Annual administration report of the Civil Veterinary Department of India - 1896-1897
Year: 1896
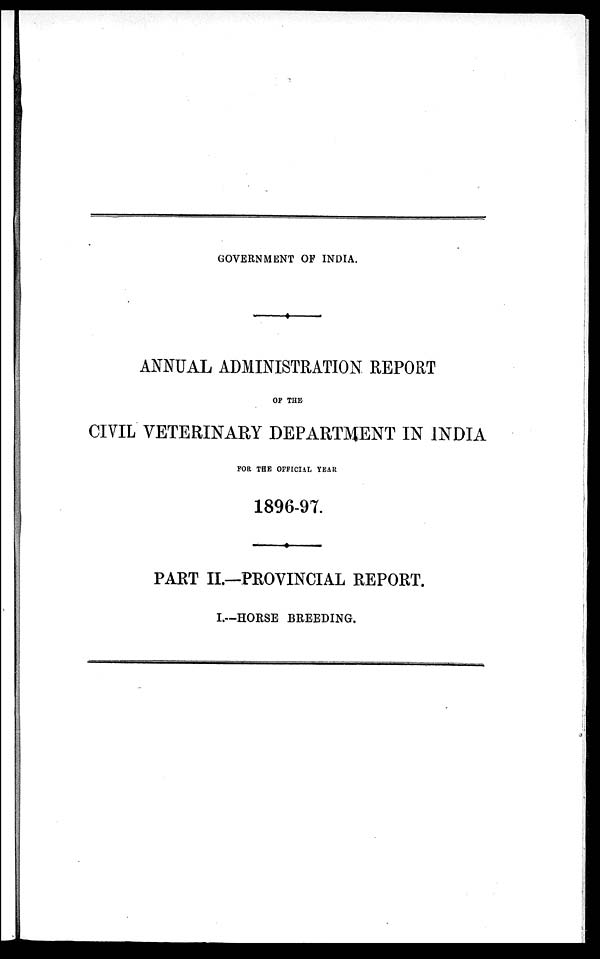
GOVERNMENT OF INDIA.
ANNUAL ADMINISTRATION REPORT
OF THE
CIVIL VETERINARY DEPARTMENT IN INDIA
FOR THE OFFICIAL YEAR
1896-97.
PART II.—PROVINCIAL REPORT.
I.--HORSE BREEDING.